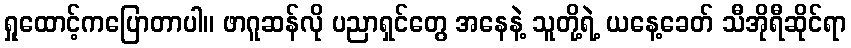
ရှုထောင့်ကပြောတာပါ။ ဖာဂူဆန်လို ပညာရှင်တွေ အနေနဲ့ သူတို့ရဲ့ ယနေ့ခေတ် သီအိုရီဆိုင်ရာ